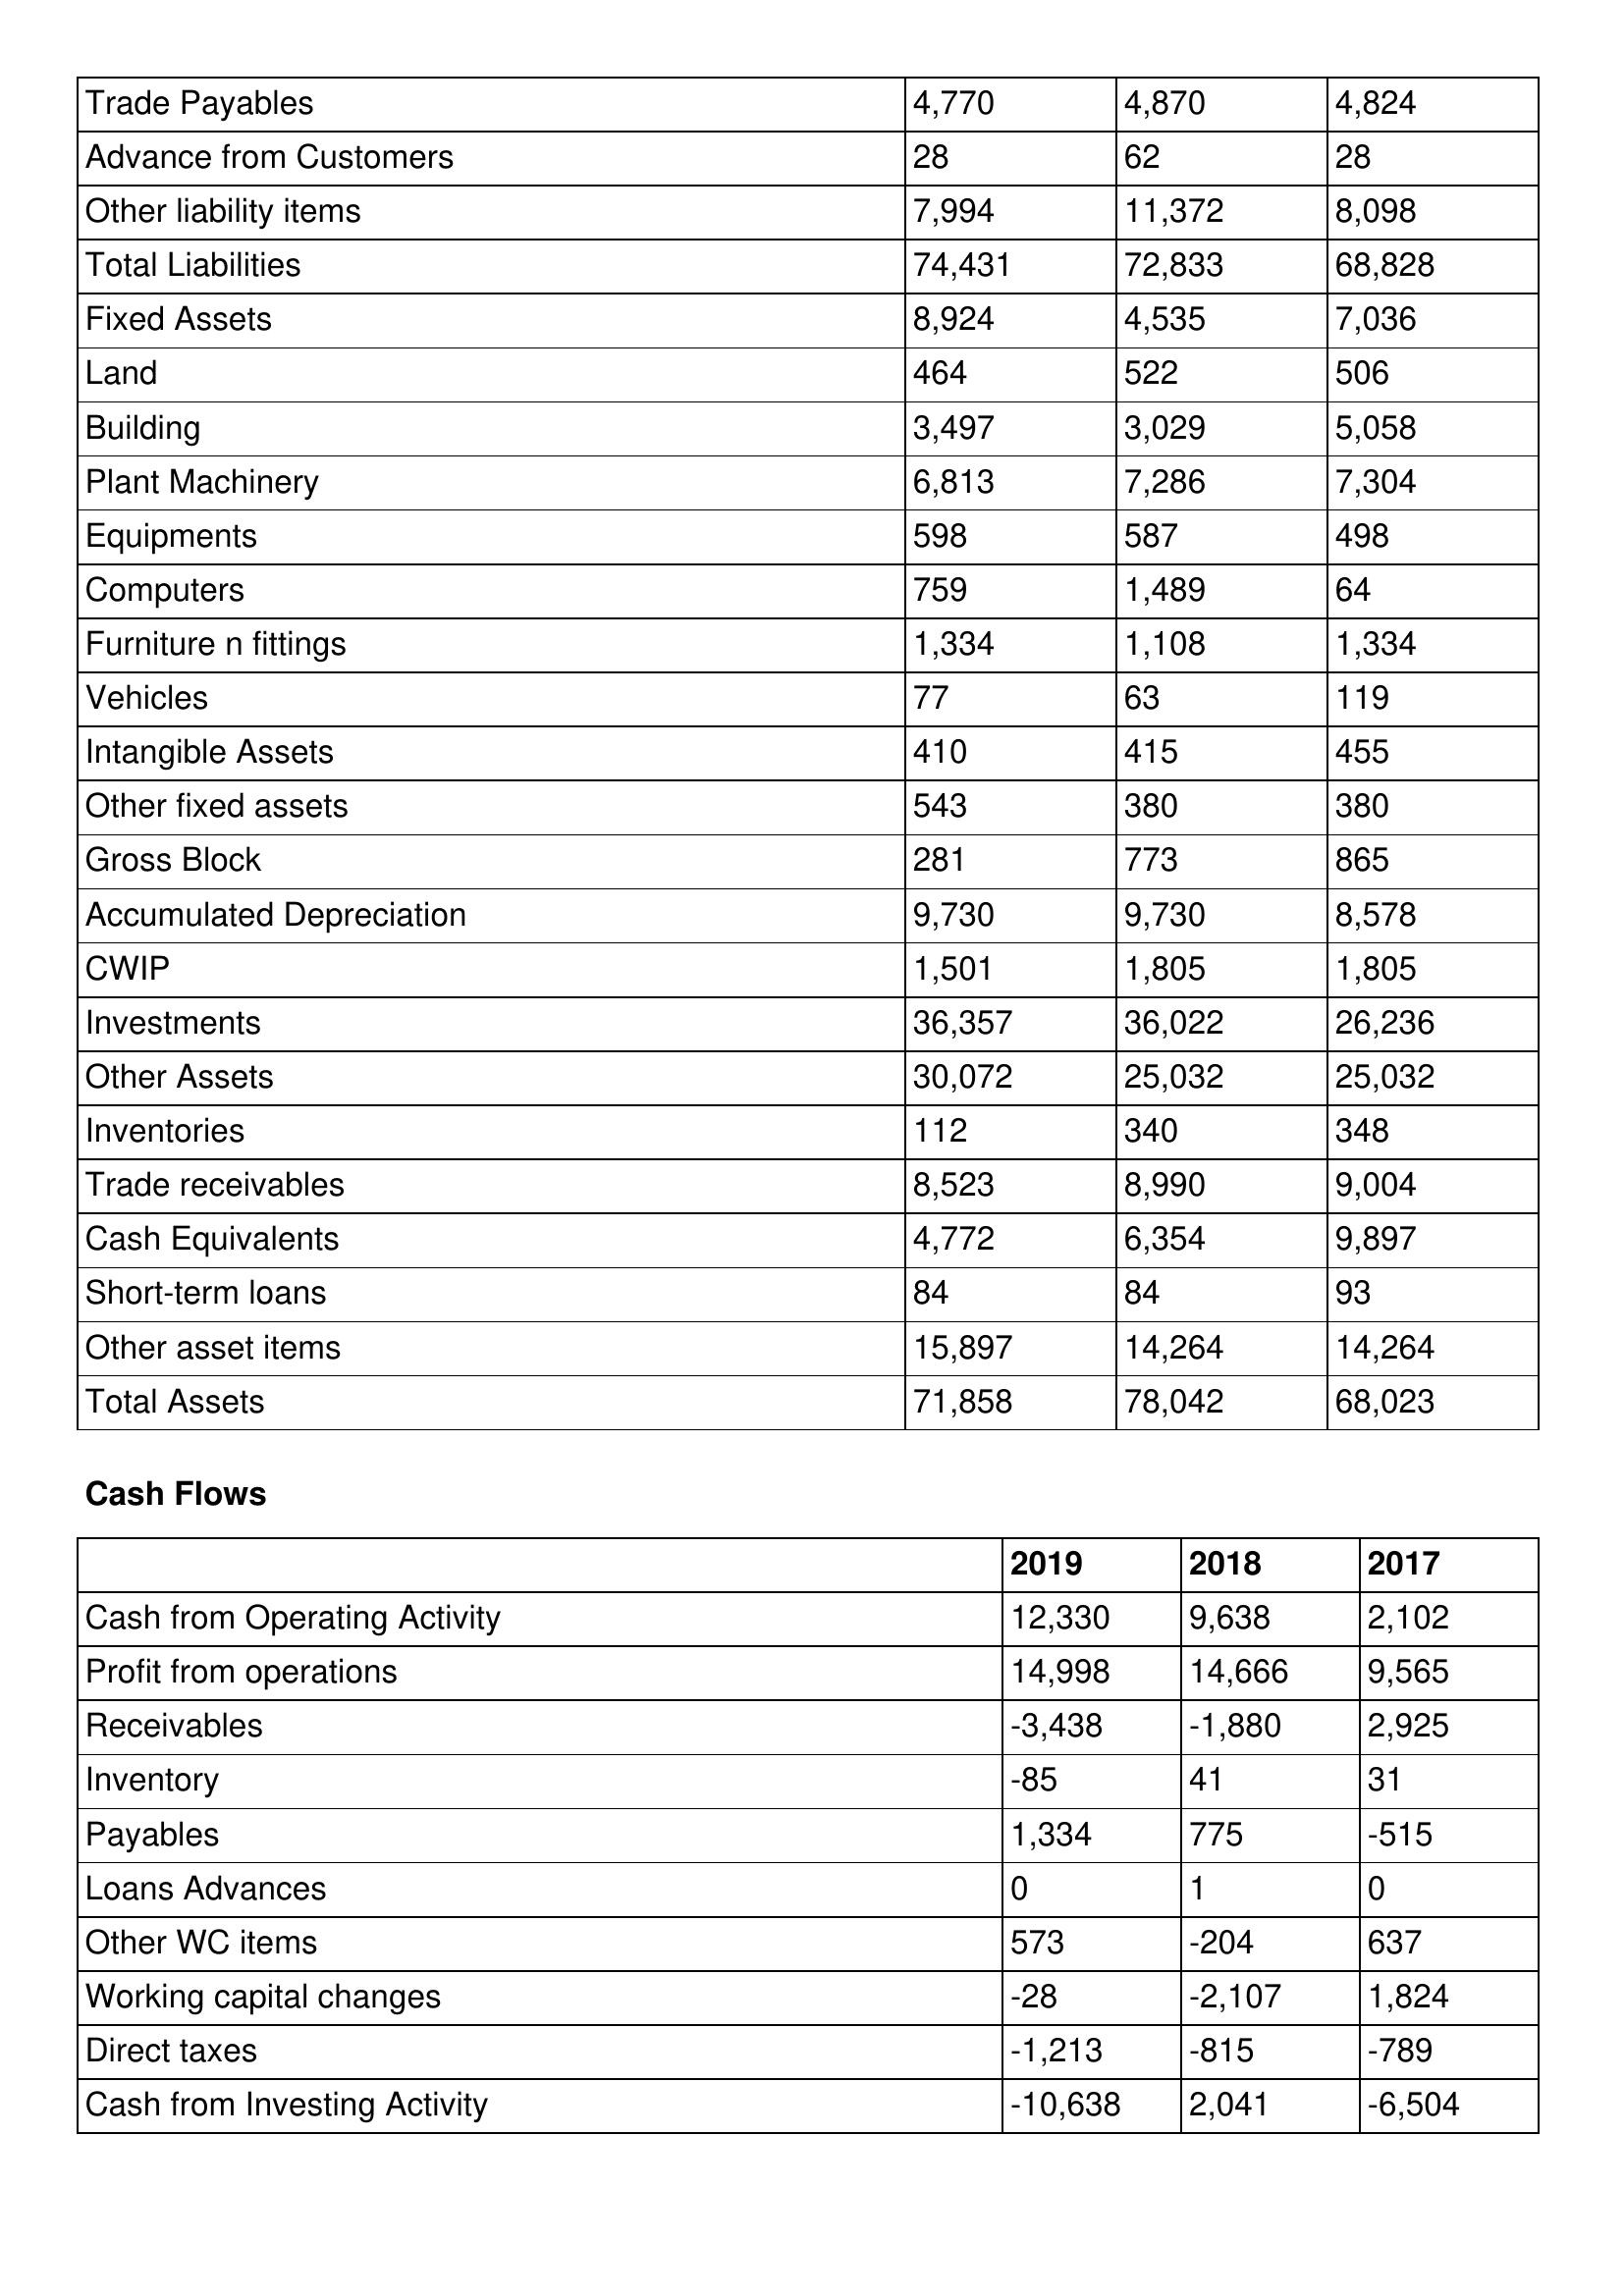
gt_parse: 2019: Balance Sheet: Trade Payables: 4,770
Advance from Customers: 28
Other liability items: 7,994
Total Liabilities: 74,431
Fixed Assets: 8,924
Land: 464
Building: 3,497
Plant Machinery: 6,813
Equipments: 598
Computers: 759
Furniture n fittings: 1,334
Vehicles: 77
Intangible Assets: 410
Other fixed assets: 543
Gross Block: 281
Accumulated Depreciation: 9,730
CWIP: 1,501
Investments: 36,357
Other Assets: 30,072
Inventories: 112
Trade receivables: 8,523
Cash Equivalents: 4,772
Short-term loans: 84
Other asset items: 15,897
Total Assets: 71,858
Cash Flows: Cash from Operating Activity: 12,330
Profit from operations: 14,998
Receivables: -3,438
Inventory: -85
Payables: 1,334
Loans Advances: 0
Other WC items: 573
Working capital changes: -28
Direct taxes: -1,213
Cash from Investing Activity: -10,638
2018: Balance Sheet: Trade Payables: 4,870
Advance from Customers: 62
Other liability items: 11,372
Total Liabilities: 72,833
Fixed Assets: 4,535
Land: 522
Building: 3,029
Plant Machinery: 7,286
Equipments: 587
Computers: 1,489
Furniture n fittings: 1,108
Vehicles: 63
Intangible Assets: 415
Other fixed assets: 380
Gross Block: 773
Accumulated Depreciation: 9,730
CWIP: 1,805
Investments: 36,022
Other Assets: 25,032
Inventories: 340
Trade receivables: 8,990
Cash Equivalents: 6,354
Short-term loans: 84
Other asset items: 14,264
Total Assets: 78,042
Cash Flows: Cash from Operating Activity: 9,638
Profit from operations: 14,666
Receivables: -1,880
Inventory: 41
Payables: 775
Loans Advances: 1
Other WC items: -204
Working capital changes: -2,107
Direct taxes: -815
Cash from Investing Activity: 2,041
2017: Balance Sheet: Trade Payables: 4,824
Advance from Customers: 28
Other liability items: 8,098
Total Liabilities: 68,828
Fixed Assets: 7,036
Land: 506
Building: 5,058
Plant Machinery: 7,304
Equipments: 498
Computers: 64
Furniture n fittings: 1,334
Vehicles: 119
Intangible Assets: 455
Other fixed assets: 380
Gross Block: 865
Accumulated Depreciation: 8,578
CWIP: 1,805
Investments: 26,236
Other Assets: 25,032
Inventories: 348
Trade receivables: 9,004
Cash Equivalents: 9,897
Short-term loans: 93
Other asset items: 14,264
Total Assets: 68,023
Cash Flows: Cash from Operating Activity: 2,102
Profit from operations: 9,565
Receivables: 2,925
Inventory: 31
Payables: -515
Loans Advances: 0
Other WC items: 637
Working capital changes: 1,824
Direct taxes: -789
Cash from Investing Activity: -6,504